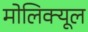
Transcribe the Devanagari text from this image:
मोलिक्यूल